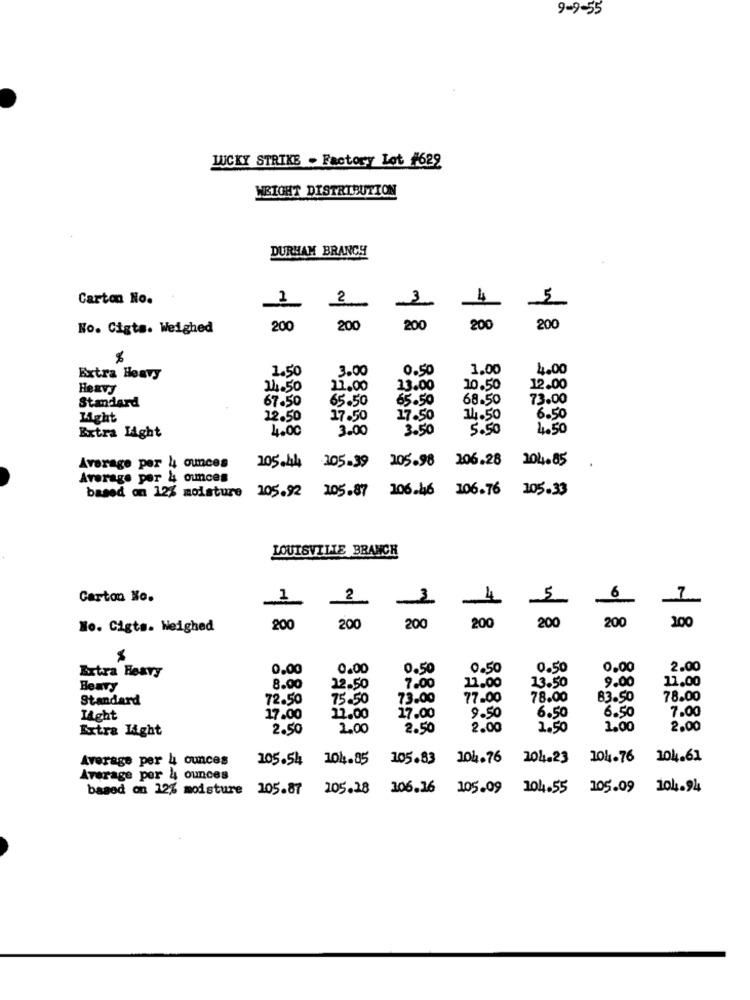
9-9-55
LUCKY STRIKE - Factory Lot #622
WEIGHT DISTRIBUTION
DURHAM BRANCH
Carton No.
2
2
4
5
No. Cigts. Weighed
200
200
200
200
200
3.00
0.50
1.00
4.00
Extra Heavy
1.50
Hexvy
14.50
11.00
13.00
10.50
12.00
Standard
67.50
65.50
65.50
68.50
73.00
Light
22.50
17.50
17.50
14.50
6.50
4.00
3.00
3.50
5.50
4.50
Extra Light
205.98
106.28
204.85
Average per 4 ounces
205.44
305.39
Average per 4 ounces
105.87
106.46
106.76 105.33
based on 12% moisture 105.92
LOUISVILLE BRANCH
Carton No.
2
1
-4
5
6
200
200
200
100
No. Cigts. Weighed
200
200
200
M
Extra Heavy
0.00
0.00
0.50
0.50
0.50
0.00
2.00
13.50
9.00
11.00
Henry
8.00
22.50
7.00
12.00
Standard
72.50
75.50
73.00
77.00
78.00
83.50
78.00
17.00
9.50
6.50
Light
17.00
22.00
6.50
7.00
Extra Light
2.50
2.00
2.50
2.00
1.50
1.00
2.00
Average per 4 ounces
105.54
104.85
105.83
104.76
104.23
104.76
104.61
Average por 4 ounces
based on 12% moisture 105.87
105.18 106.16
105.09 104.55
105.09 104.94